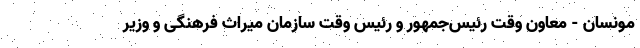
مونسان - معاون وقت رئیس‌جمهور و رئیس وقت سازمان میراث فرهنگی و وزیر